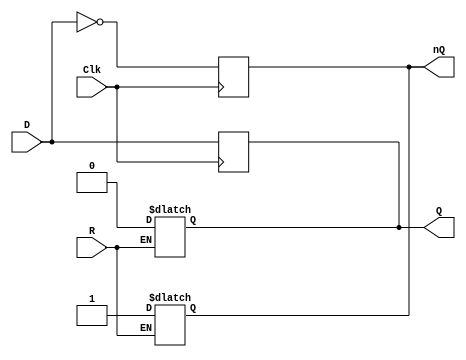
//flip-flop
module DFF (Q, nQ, R, D, Clk);
    input R, D, Clk;
    output Q, nQ;
    
    reg Q, nQ;
    
    always @(R or D or Clk)
    if(R==0) 
       begin
        Q=1'b0;
        nQ=1'b1;
    end
       
    always@(posedge Clk)
    begin
        Q=D;
        nQ=!D;
    end 
endmodule

//test
module test_DFF;
    wire q, nq;
    reg r, d, clk;
    
    DFF D1(q, nq, r, d, clk);
    
    initial begin
        r=1'b0;
        clk=1'b0;
        d=1'b0;
        #1;
        r=1'b1;
        #4;
        clk=1'b1;
        #5
        clk=1'b0;
        d=1'b1;
        #5;
        clk=1'b1;
     end
     always@(d or clk)
     $display("at t=%t r=%b d=%b clk=%b q=%b nq=%b", $time, r, d, clk, q, nq);
 endmodule